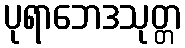
ပုရာဘေဒသုတ္တ